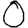
Digit: 0